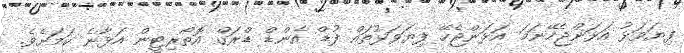
ފިޔަވަޅު އަޅަންޖެހޭނަމަ އަޅަންޖެހޭ ފިޔަވަޅުތައް ފުޑް އެންޑް ޑްރަގް އޮތޯރިޓީން އަޅާނެ ކަމަށެވެ.